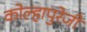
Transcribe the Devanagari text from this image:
कोल्हापुरेजी